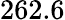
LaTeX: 262.6